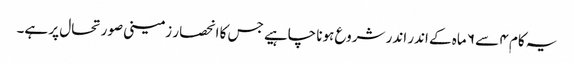
یہ کام ۴ سے ۶ ماہ کے اندر اندر شروع ہونا چاہیے جس کا انحصار زمینی صورتحال پر ہے۔